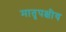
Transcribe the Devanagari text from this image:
मातृपक्षीय